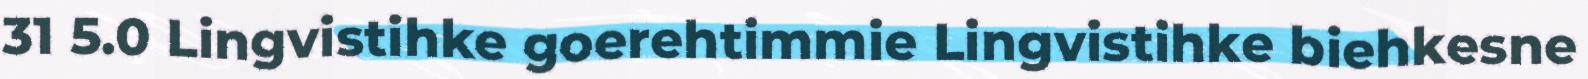
31 5.0 Lingvistihke goerehtimmie Lingvistihke biehkesne